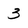
Character: 3